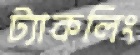
ট্যাকলিং